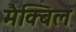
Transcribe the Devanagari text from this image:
मैक्बिल